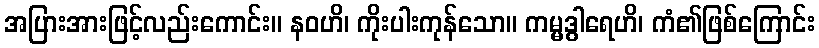
အပြားအားဖြင့်လည်းကောင်း။ နဝဟိ၊ ကိုးပါးကုန်သော။ ကမ္မဒွါရေဟိ၊ ကံ၏ဖြစ်ကြောင်း